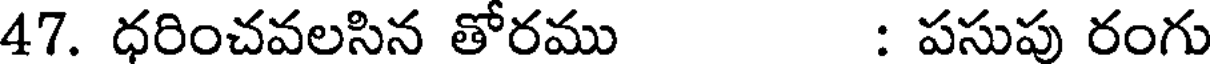
47. ధరించవలసిన తోరము : పసుపు రంగు